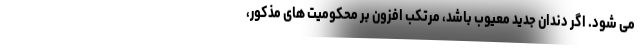
می شود. اگر دندان جدید معیوب باشد، مرتکب افزون بر محکومیت های مذکور،